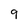
Character: 9